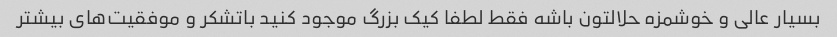
بسیار عالی و خوشمزه حلالتون باشه فقط لطفا کیک بزرگ موجود کنید باتشکر و موفقیت‌های بیشتر